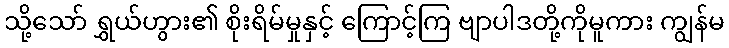
သို့သော် ရွှယ်ဟွား၏ စိုးရိမ်မှုနှင့် ကြောင့်ကြ ဗျာပါဒတို့ကိုမူကား ကျွန်မ